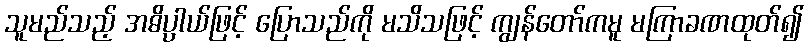
သူမည်သည့် အဓိပ္ပါယ်ဖြင့် ပြောသည်ကို မသိသဖြင့် ကျွန်တော်ကမူ မကြာခဏထုတ်၍